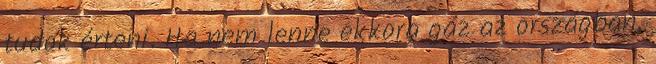
tudok érteni. Ha nem lenne ekkora gáz az országban,